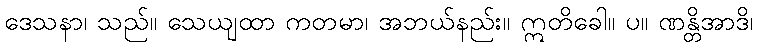
ဒေသနာ၊ သည်။ သေယျထာ ကတမာ၊ အဘယ်နည်း။ ဣတိခေါ။ ပ။ ဏန္တိအာဒိ၊